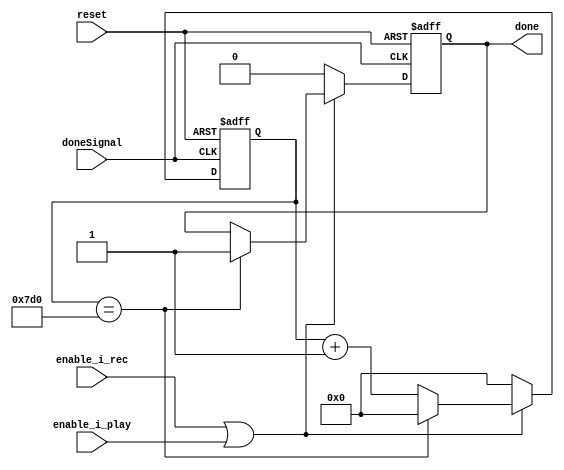
`timescale 1ns / 1ps
//////////////////////////////////////////////////////////////////////////////////
// Company: 
// Engineer: 
// 
// Design Name: 
// Module Name: timer
// Project Name: 
// Target Devices: 
// Tool Versions: 
// Description: 
// 
// Dependencies: 
// 
// Revision:
// Revision 0.01 - File Created
// Additional Comments:
// 
//////////////////////////////////////////////////////////////////////////////////
module timer(
    input enable_i_rec, enable_i_play,
    input doneSignal,
    input reset,
    output reg done // 2 seconds have passed
    );
    
    reg [16:0] counter;
        
    initial begin
        counter <= 0;
    end
    
    always @(posedge doneSignal, posedge reset)
    begin
        if(reset)
        begin
            done <= 0;
            counter <= 0;
        end
        else if(enable_i_rec || enable_i_play)
            begin
            // pass in 1khz clock scalar
                if(counter == 2 * 1000)
                begin
                    done <= 1;
                    counter <= 0;
                end
                else
                begin
                    counter <= counter + 1;
                end            
            end
         else
         begin
            counter <= 0;
            done <= 0;
         end
        
    end    
endmodule